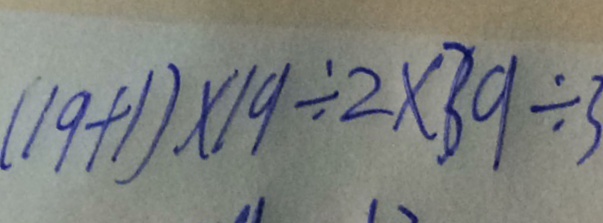
( 1 9 + 1 ) \times 1 9 \div 2 \times 3 9 \div 3